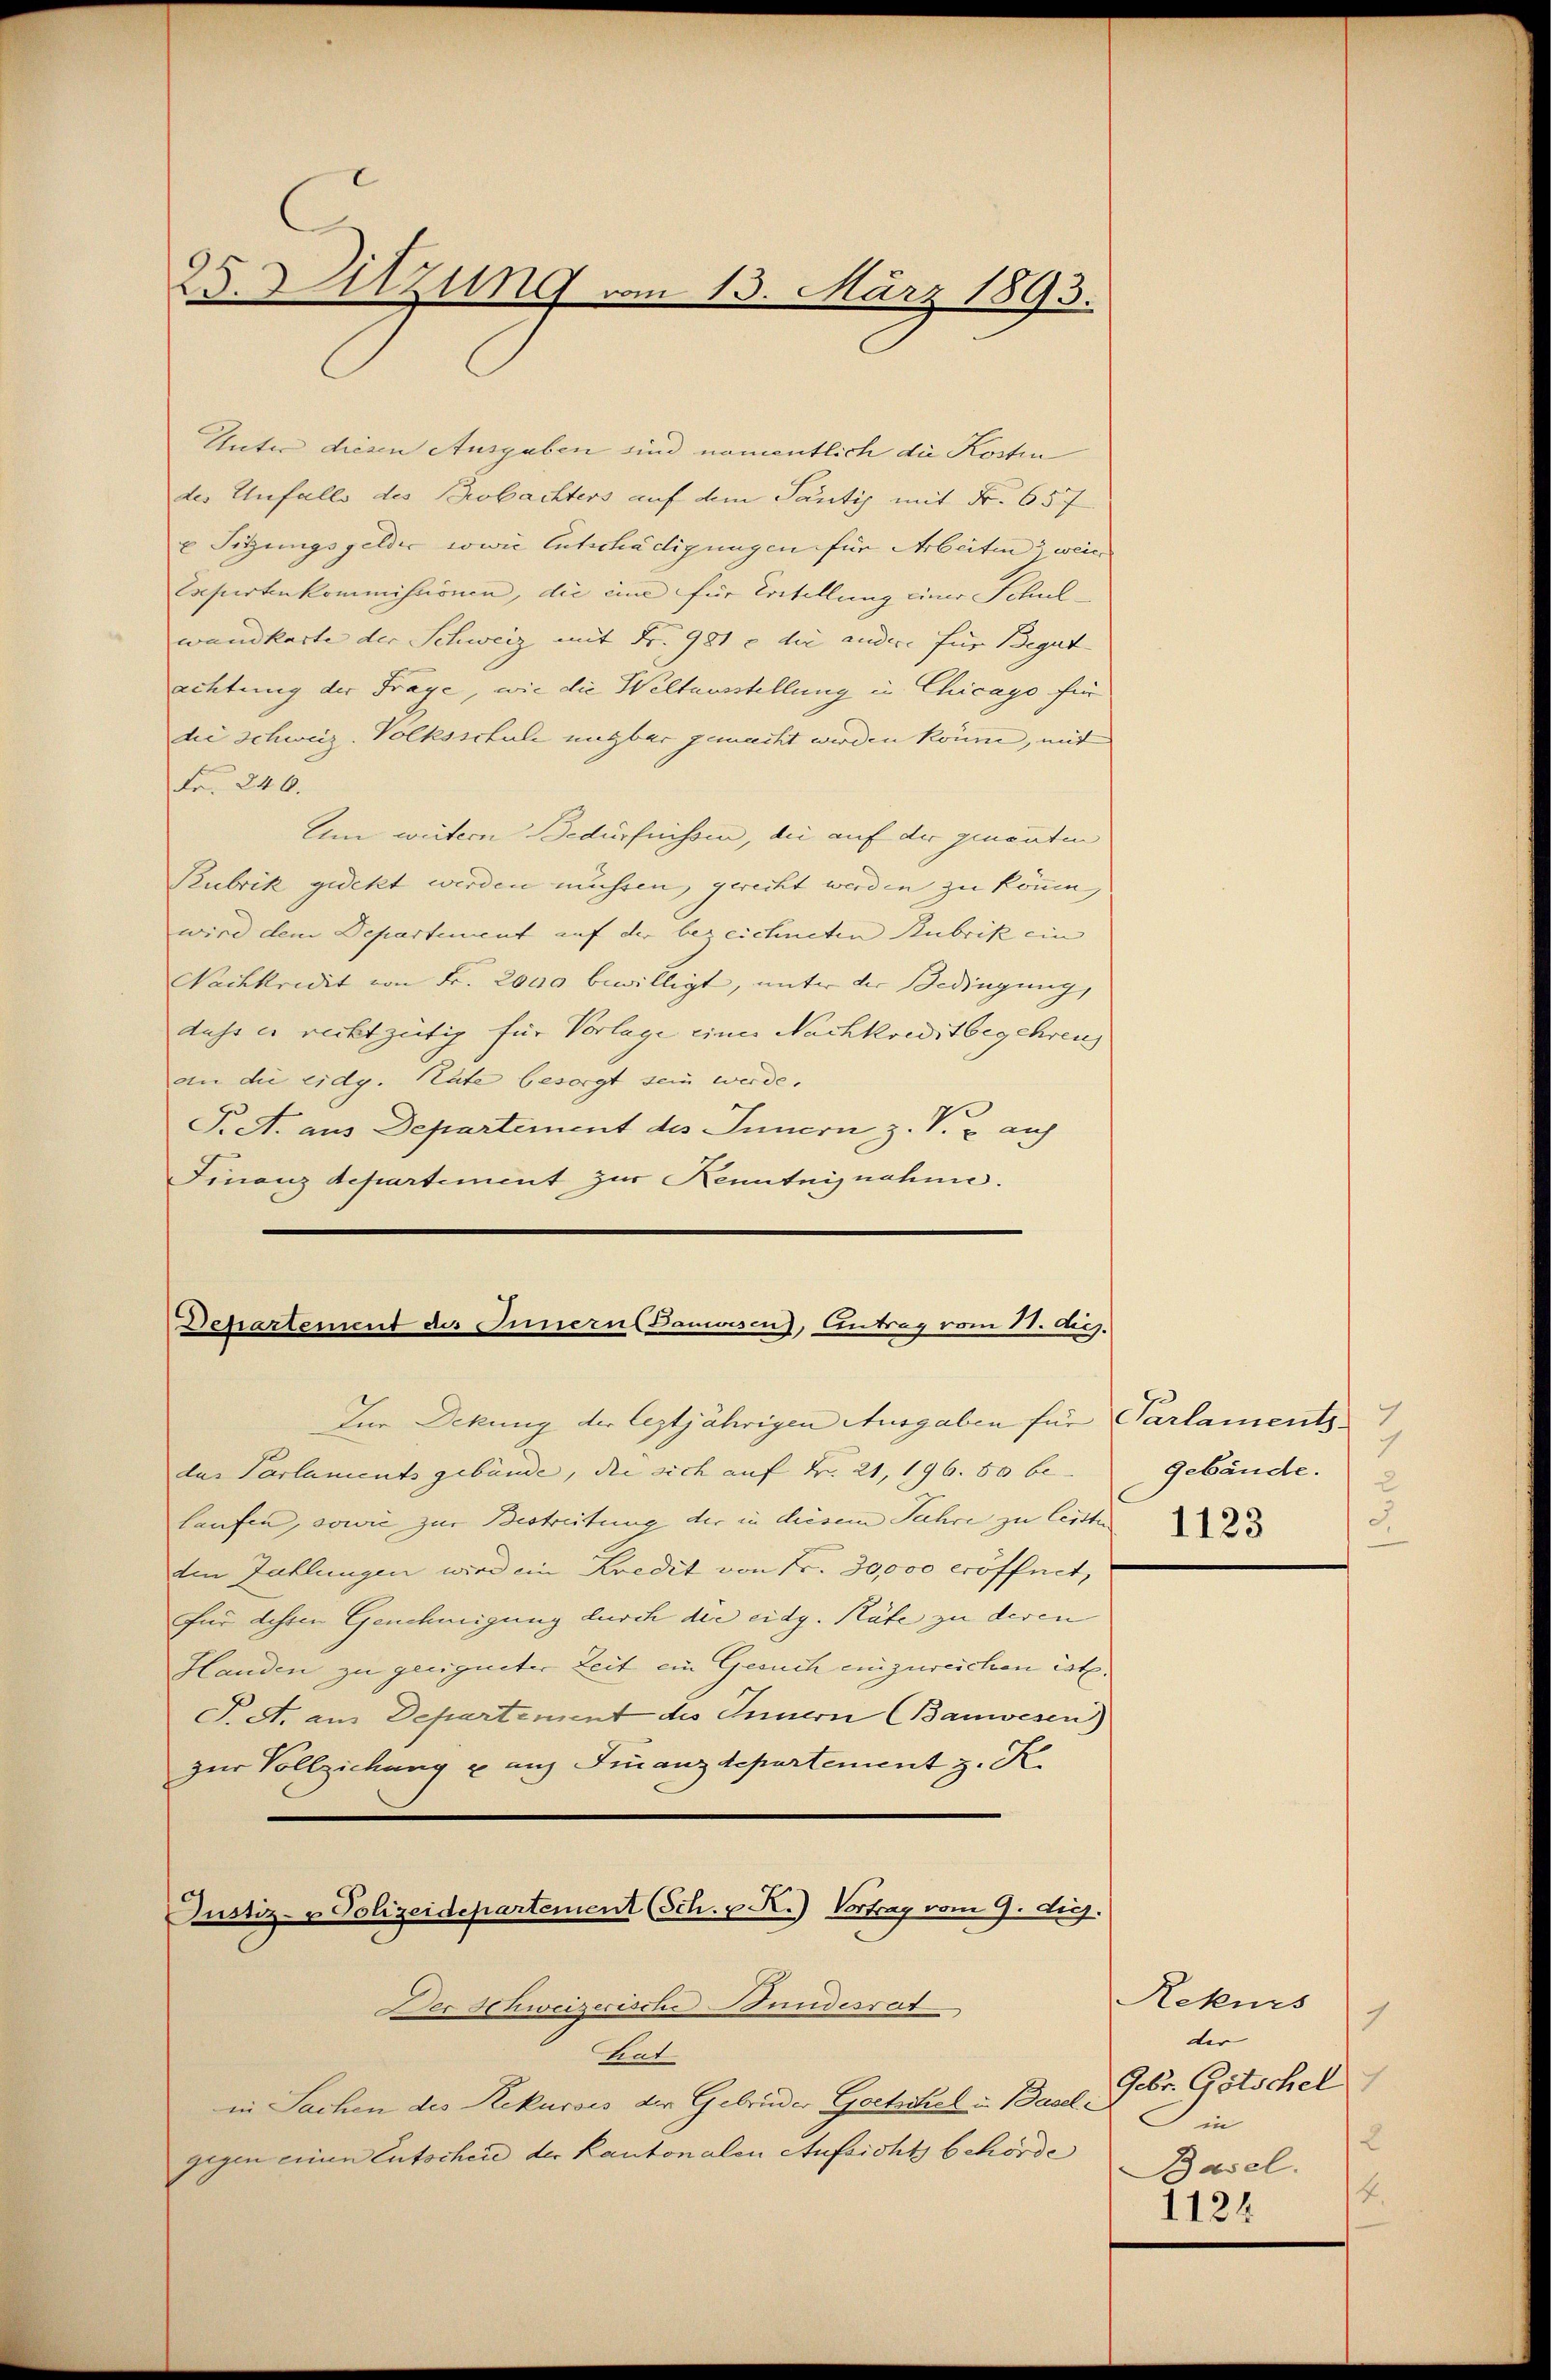
25. Sitzung vom 15. März 1893.

Unter diesen Ausgaben sind namentlich die Kosten
des Unfalls des Beobachters auf dem Santiz mit Fr. 657
u Sitzungsgelder sowie Entschädigungen für Arbeiten weic
Expertenkommissionen, die eine für Erstellung einer Schulwandkarte der Schweiz mit Fr. 981 c die andere für Begut
achtung der Frage, wie die Weltausstellung in Chicago für
die schweiz. Volksschule ungbar gemacht werden könne, mit
Fr. 246.
Um weitern Bedürfnissen, die auf der genanten
Kubrik gedekt werden müssen, gerecht werden zu können,
wird dem Departement auf der bezeichneten Rubrik ein |
Nachkredit von Fr. 2000 bewilligt, unter der Bedingung,
dass es rechtzeitig für Vorlage einer Nachkreditbegehren
an die eidg. Rate besorgt sein werde.
P. A. aus Departement des Innern z. V. u. auf
Finanz departement zur Kenntnisnahme.

Departement des Innern (Danwesen), Antrag vom 11. Dez.

In Deckung der leztjährigen Ausgaben für Parlaments
das Parlaments gebäude, die sich auf Fr. 21, 196. 80 be
laufen, sowie zur Bestreitung der in diesem Jahre zu leister
den Zahlungen wird ein Kredit von Fr. 30,000 eröffnet,
für dessen Genehmigung durch die eidg. Räte zu deren
Handen zu geeigneter Zeit ein Gesuch einzureichen ist.
T. A. am Departement des Innern (Banwesen)
zur Vollziehung u auf Finanzdepartement z. K.
Justiz- & Polizeidepartement (Sch. v. R.) Vortrag vom 9. di

Der Schweizerische Bundesrat

teut
in Sachen des Rekurses der Gebrüder Goctitel u. Baselgegen einen Entscheid der Kantonalen Aufsicht behörde

7
gebäude.
3.
1123

Rekurs
der
Gebr. Götschel
in
2
Basel.
4.
1124